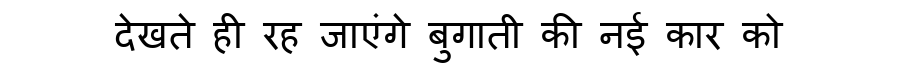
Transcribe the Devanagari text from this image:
देखते ही रह जाएंगे बुगाती की नई कार को